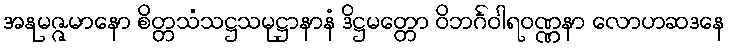
အနုမဇ္ဇမာနော စိတ္တသံသဋ္ဌသမုဋ္ဌာနာနံ ဒိဋ္ဌမတ္တော ဝိဘင်္ဂဝါရဝဏ္ဏနာ လောဟဆဒနေ